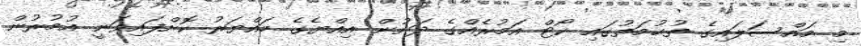
މި މައްސަލައިގެ ތުޙުމަތުގައިި ކޯޓް އަމުރެއްގެ ދަށުން އިއްޔެގެ ހައްޔަރު ކޮށްފައިވަނީ އުމުރުން